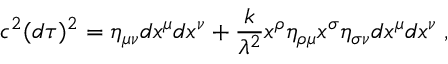
c ^ { 2 } ( d \tau ) ^ { 2 } = \eta _ { \mu \nu } d x ^ { \mu } d x ^ { \nu } + \frac { k } { \lambda ^ { 2 } } x ^ { \rho } \eta _ { \rho \mu } x ^ { \sigma } \eta _ { \sigma \nu } d x ^ { \mu } d x ^ { \nu } \; ,